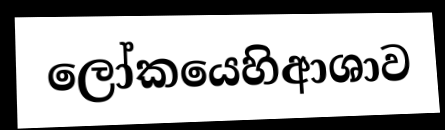
ලෝකයෙහිආශාව